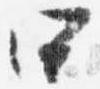
四